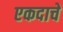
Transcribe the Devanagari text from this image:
एकदाचे